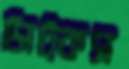
সিট্‌কস